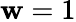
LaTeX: \mathbf{w}=1